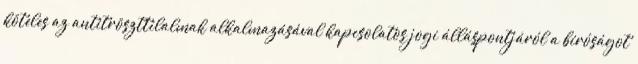
köteles az antitröszttilalmak alkalmazásával kapcsolatos jogi álláspontjáról a bíróságot